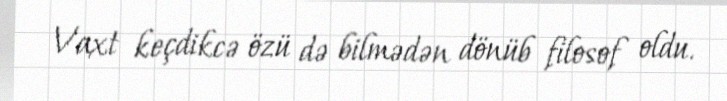
Vaxt keçdikcə özü də bilmədən dönüb filosof oldu.